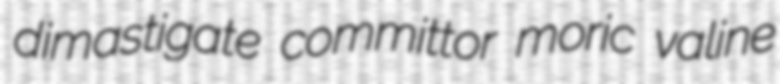
dimastigate committor moric valine